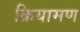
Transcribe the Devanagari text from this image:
क्रियामण